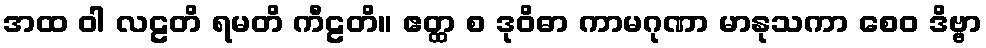
အထ ဝါ လဠတိ ရမတိ ကီဠတိ။ ဧတ္ထ စ ဒုဝိဓာ ကာမဂုဏာ မာနုသကာ စေဝ ဒိဗ္ဗာ